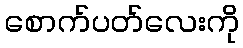
စောက်ပတ်လေးကို